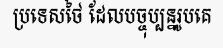
ប្រទេសថៃ ដែលបច្ចុប្បន្នរូបគេ